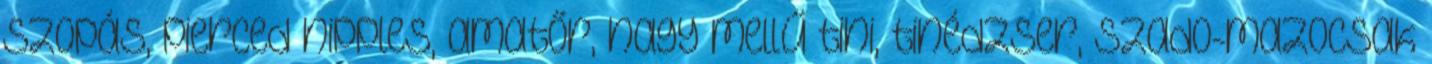
szopás, pierced nipples, amatőr, nagy mellű tini, tinédzser, szado-mazocsak